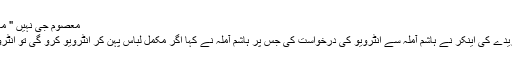
معصوم جی نہیں " معصوم سا "
امریکی جریدے کی اینکر نے ہاشم آملہ سے انٹرویو کی درخواست کی جس پر ہاشم آملہ نے کہا اگر مکمل لباس پہن کر انٹرویو کرو گی تو انٹرویو دونگا.!